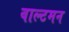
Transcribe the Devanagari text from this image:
वाल्टमन